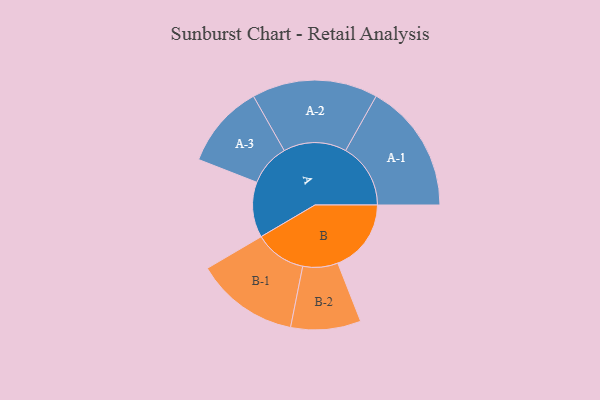
{"axis": {"x": "Segment", "y": "Value"}, "legend": ["", "A", "B"], "data": [{"x": "A", "y": 250, "type": ""}, {"x": "B", "y": 331, "type": ""}, {"x": "A-1", "y": 293, "type": "A"}, {"x": "A-2", "y": 284, "type": "A"}, {"x": "A-3", "y": 189, "type": "A"}, {"x": "B-1", "y": 233, "type": "B"}, {"x": "B-2", "y": 158, "type": "B"}]}